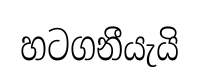
හටගනීයැයි